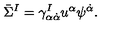
\bar { \Sigma } ^ { I } = \gamma _ { \alpha \dot { \alpha } } ^ { I } u ^ { \alpha } \psi ^ { \dot { \alpha } } .